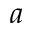
a